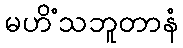
မဟိံသဘူတာနံ